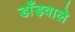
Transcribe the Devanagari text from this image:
डाँड़वाले